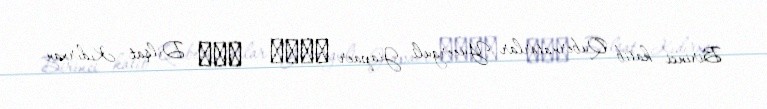
Birinci katib Qubernatorlar Yueerguli Jiapaer 约尔古丽 · 加帕尔 Dilşat Kıdırxan